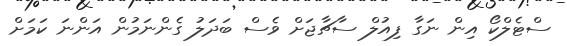
ސްޓެލްކޯ އިން ނަގާ ފިއުލް ސާޗާޖަށް ވެސް ބަދަލު ގެންނަމުން އަންނަ ކަމަށް